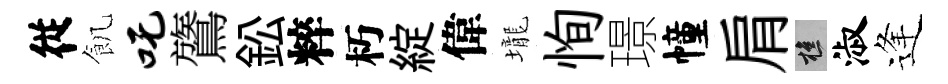
従飢吒鷟鈆粹朽綻偉壠恂璟幢肩樵淑逢